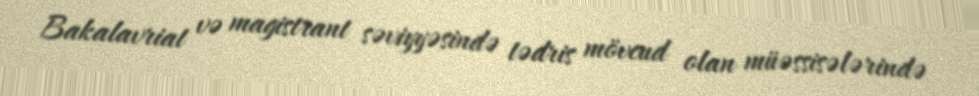
Bakalavriat və magistrant səviyyəsində tədris mövcud olan müəssisələrində